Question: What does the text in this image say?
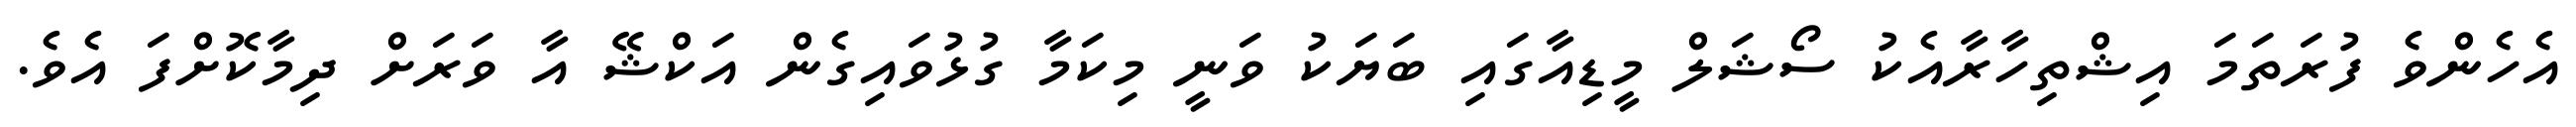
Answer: އެހެންވެ ފުރަތަމަ އިޝްތިހާރާއެކު ސޯޝަލް މީޑިއާގައި ބަޔަކު ވަނީ މިކަމާ ގުޅުވައިގެން އަކްޝޭ އާ ވަރަށް ދިމާކޮށްފަ އެވެ.